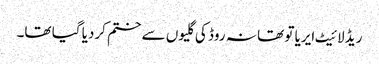
ریڈ لائیٹ ایریا تو تھا نہ روڈ کی گلیوں سے ختم کردیا گیا تھا۔